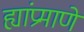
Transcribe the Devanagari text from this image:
ह्यांप्रमाणे